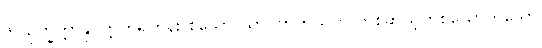
၆။ ဥက္ခိတ္တာနုဝတ္တကရဟန်း စသော ယာဝတတိယက တစ်ဆယ့်တစ်ယောက်သော